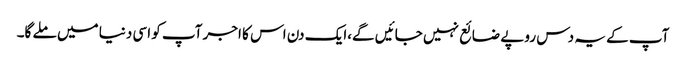
آپ کے یہ دس روپے ضائع نہیں جائیں گے،ایک دن اس کا اجر آپ کو اسی دنیا میں ملے گا۔